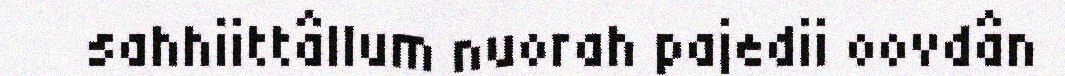
sahhiittâllum nuorah pajedii oovdân